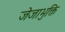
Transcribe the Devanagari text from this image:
जेजाभुक्ति